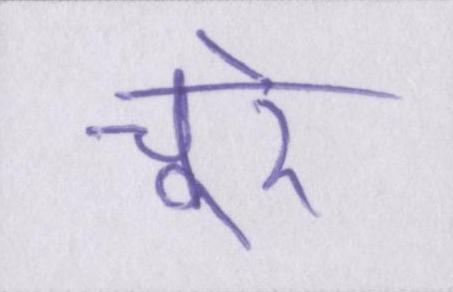
चूरे